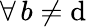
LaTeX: \forall\, b\neq\mathrm{d}